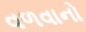
વળવાનો